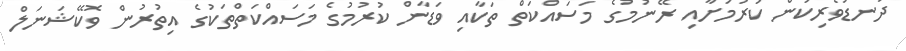
ދަނޑުވެރިކަން ކުރުމަށާއި ރޭނުމުގެ މަސައްކަތް ތަކާއި ވަޑާން ކުރުމުގެ މަސައްކަތްތަކުގެ އިތުރުން ވޮކޭޝަނަލް